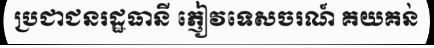
ប្រជាជនរដ្ឋធានី ភ្ញៀវទេសចរណ៍ គយគន់